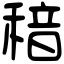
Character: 䅧